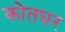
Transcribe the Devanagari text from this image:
कोतघर